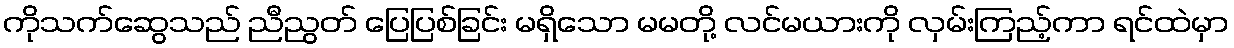
ကိုသက်ဆွေသည် ညီညွတ် ပြေပြစ်ခြင်း မရှိသော မမတို့ လင်မယားကို လှမ်းကြည့်ကာ ရင်ထဲမှာ